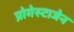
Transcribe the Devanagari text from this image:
प्रोगेस्टाजेन